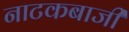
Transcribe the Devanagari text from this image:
नाटकबाजी